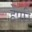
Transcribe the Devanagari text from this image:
हेपरि